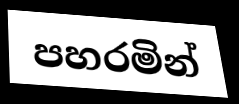
පහරමින්